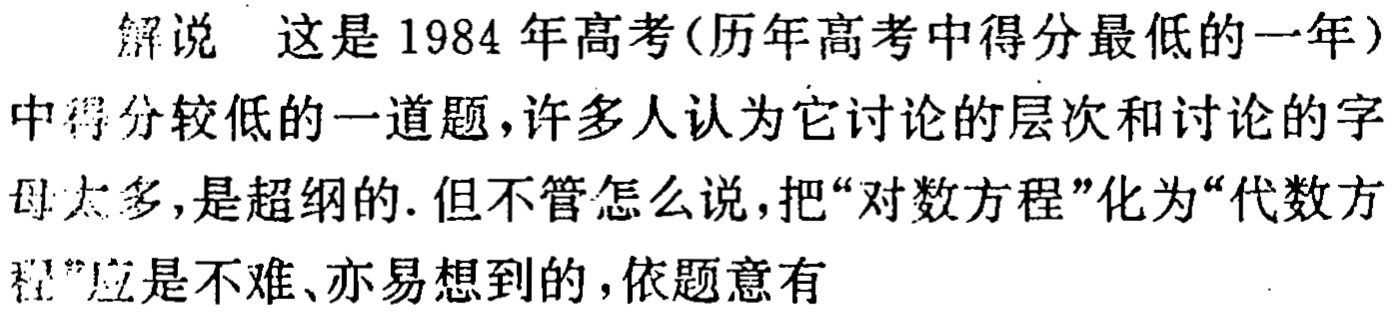
解说 这是1984年高考(历年高考中得分最低的一年)中得分较低的一道题,许多人认为它讨论的层次和讨论的字母太多,是超纲的.但不管怎么说,把“对数方程”化为“代数方程”应是不难、亦易想到的,依题意有